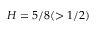
H = 5 / 8 ( > 1 / 2 )